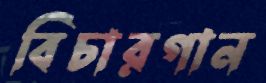
বিচারগান